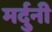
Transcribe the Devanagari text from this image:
मर्दुनी